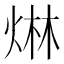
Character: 𤊩